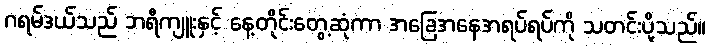
ဂရမ်ဒယ်သည် ဘရီကျူးနှင့် နေ့တိုင်းတွေ့ဆုံကာ အခြေအနေအရပ်ရပ်ကို သတင်းပို့သည်။